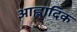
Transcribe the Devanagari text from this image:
आह्लादिक